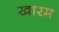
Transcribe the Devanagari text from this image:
खारम